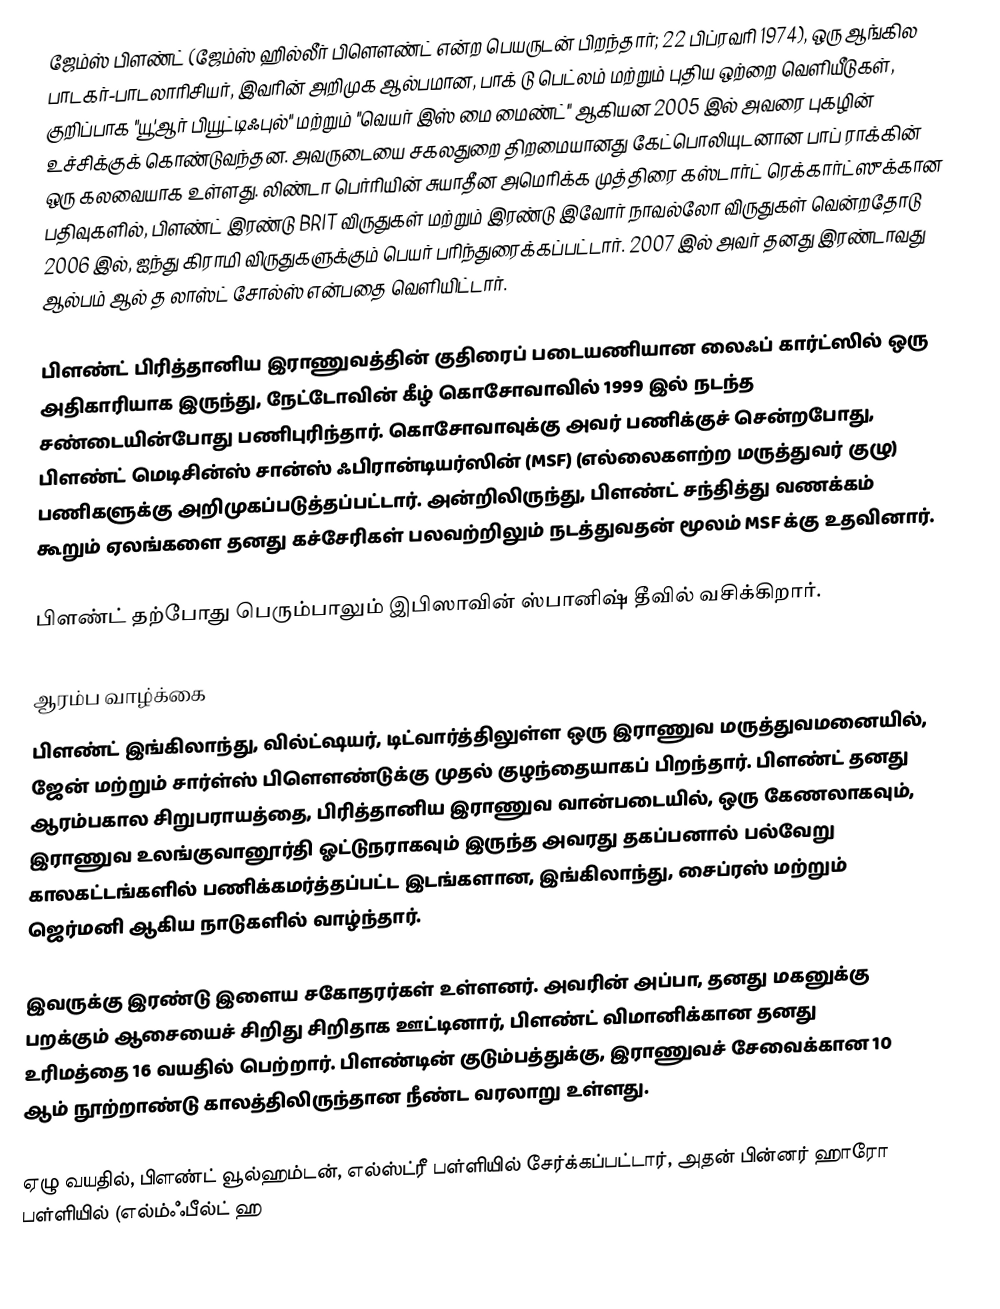
ஜேம்ஸ் பிளண்ட் (ஜேம்ஸ் ஹில்லீர் பிளௌண்ட் என்ற பெயருடன் பிறந்தார்; 22 பிப்ரவரி 1974), ஒரு ஆங்கில பாடகர்-பாடலாரிசியர், இவரின் அறிமுக ஆல்பமான, பாக் டு பெட்லம் மற்றும் புதிய ஒற்றை வெளியீடுகள், குறிப்பாக "யூ'ஆர் பியூட்டிஃபுல்" மற்றும் "வெயர் இஸ் மை மைண்ட்" ஆகியன 2005 இல் அவரை புகழின் உச்சிக்குக் கொண்டுவந்தன. அவருடையை சகலதுறை திறமையானது கேட்பொலியுடனான பாப் ராக்கின் ஒரு கலவையாக உள்ளது. லிண்டா பெர்ரியின் சுயாதீன அமெரிக்க முத்திரை கஸ்டார்ட் ரெக்கார்ட்ஸுக்கான பதிவுகளில், பிளண்ட் இரண்டு BRIT விருதுகள் மற்றும் இரண்டு இவோர் நாவல்லோ விருதுகள் வென்றதோடு 2006 இல், ஐந்து கிராமி விருதுகளுக்கும் பெயர் பரிந்துரைக்கப்பட்டார். 2007 இல் அவர் தனது இரண்டாவது ஆல்பம் ஆல் த லாஸ்ட் சோல்ஸ் என்பதை வெளியிட்டார்.

பிளண்ட் பிரித்தானிய இராணுவத்தின் குதிரைப் படையணியான லைஃப் கார்ட்ஸில் ஒரு அதிகாரியாக இருந்து, நேட்டோவின் கீழ் கொசோவாவில் 1999 இல் நடந்த சண்டையின்போது பணிபுரிந்தார். கொசோவாவுக்கு அவர் பணிக்குச் சென்றபோது, பிளண்ட் மெடிசின்ஸ் சான்ஸ் ஃபிரான்டியர்ஸின் (MSF) (எல்லைகளற்ற மருத்துவர் குழு) பணிகளுக்கு அறிமுகப்படுத்தப்பட்டார். அன்றிலிருந்து, பிளண்ட் சந்தித்து வணக்கம் கூறும் ஏலங்களை தனது கச்சேரிகள் பலவற்றிலும் நடத்துவதன் மூலம் MSF க்கு உதவினார்.

பிளண்ட் தற்போது பெரும்பாலும் இபிஸாவின் ஸ்பானிஷ் தீவில் வசிக்கிறார்.

ஆரம்ப வாழ்க்கை
பிளண்ட் இங்கிலாந்து, வில்ட்ஷயர், டிட்வார்த்திலுள்ள ஒரு இராணுவ மருத்துவமனையில், ஜேன் மற்றும் சார்ள்ஸ் பிளௌண்டுக்கு முதல் குழந்தையாகப் பிறந்தார். பிளண்ட் தனது ஆரம்பகால சிறுபராயத்தை, பிரித்தானிய இராணுவ வான்படையில், ஒரு கேணலாகவும், இராணுவ உலங்குவானூர்தி ஓட்டுநராகவும் இருந்த அவரது தகப்பனால் பல்வேறு காலகட்டங்களில் பணிக்கமர்த்தப்பட்ட இடங்களான, இங்கிலாந்து, சைப்ரஸ் மற்றும் ஜெர்மனி ஆகிய நாடுகளில் வாழ்ந்தார்.

இவருக்கு இரண்டு இளைய சகோதரர்கள் உள்ளனர். அவரின் அப்பா, தனது மகனுக்கு பறக்கும் ஆசையைச் சிறிது சிறிதாக ஊட்டினார், பிளண்ட் விமானிக்கான தனது உரிமத்தை 16 வயதில் பெற்றார். பிளண்டின் குடும்பத்துக்கு, இராணுவச் சேவைக்கான 10 ஆம் நூற்றாண்டு காலத்திலிருந்தான நீண்ட வரலாறு உள்ளது.

ஏழு வயதில், பிளண்ட் வூல்ஹம்டன், எல்ஸ்ட்ரீ பள்ளியில் சேர்க்கப்பட்டார், அதன் பின்னர் ஹாரோ பள்ளியில் (எல்ம்ஃபீல்ட் ஹ